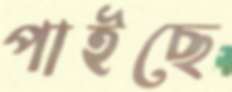
পাইছে